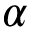
\alpha